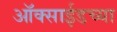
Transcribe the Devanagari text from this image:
ऑक्साईडच्या